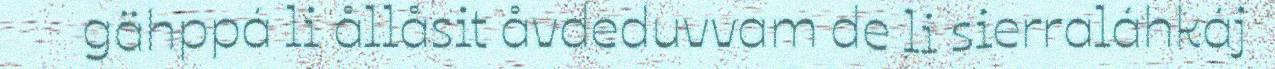
gähppá li ållåsit åvdeduvvam de li sierraláhkáj